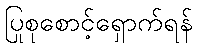
ပြုစုစောင့်ရှောက်ရန်